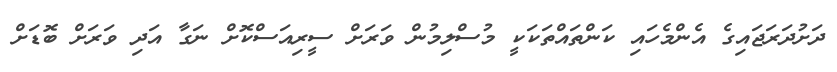
ދަށުދަރަޖައިގެ އެންމެހައި ކަންތައްތަކަކީ މުސްލިމުން ވަރަށް ސީރިއަސްކޮށް ނަގާ އަދި ވަރަށް ބޮޑަށް